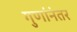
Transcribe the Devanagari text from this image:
गुणांनंतर